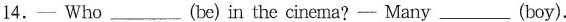
14.— Who ___ (be)in the cinema? — Many ___ (boy).